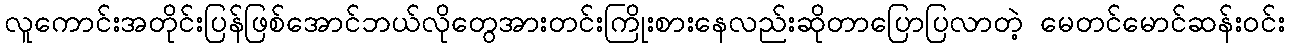
လူကောင်းအတိုင်းပြန်ဖြစ်အောင်ဘယ်လိုတွေအားတင်းကြိုးစားနေလည်းဆိုတာပြောပြလာတဲ့ မေတင်မောင်ဆန်းဝင်း